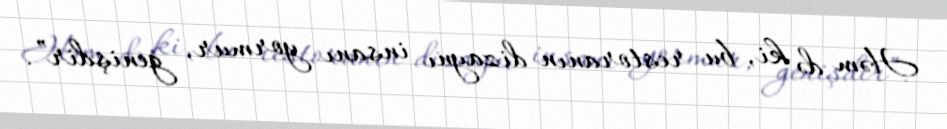
Həm də ki, bu restoranın dizaynı insanı yormur, genişdir”.